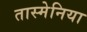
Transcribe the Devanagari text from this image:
तास्मेनिया